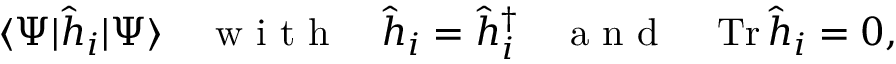
\langle \Psi | \hat { h } _ { i } | \Psi \rangle \quad \mathrm { ~ w ~ i ~ t ~ h ~ } \quad \hat { h } _ { i } = \hat { h } _ { i } ^ { \dag } \quad \mathrm { ~ a ~ n ~ d ~ } \quad \operatorname { T r } \hat { h } _ { i } = 0 ,